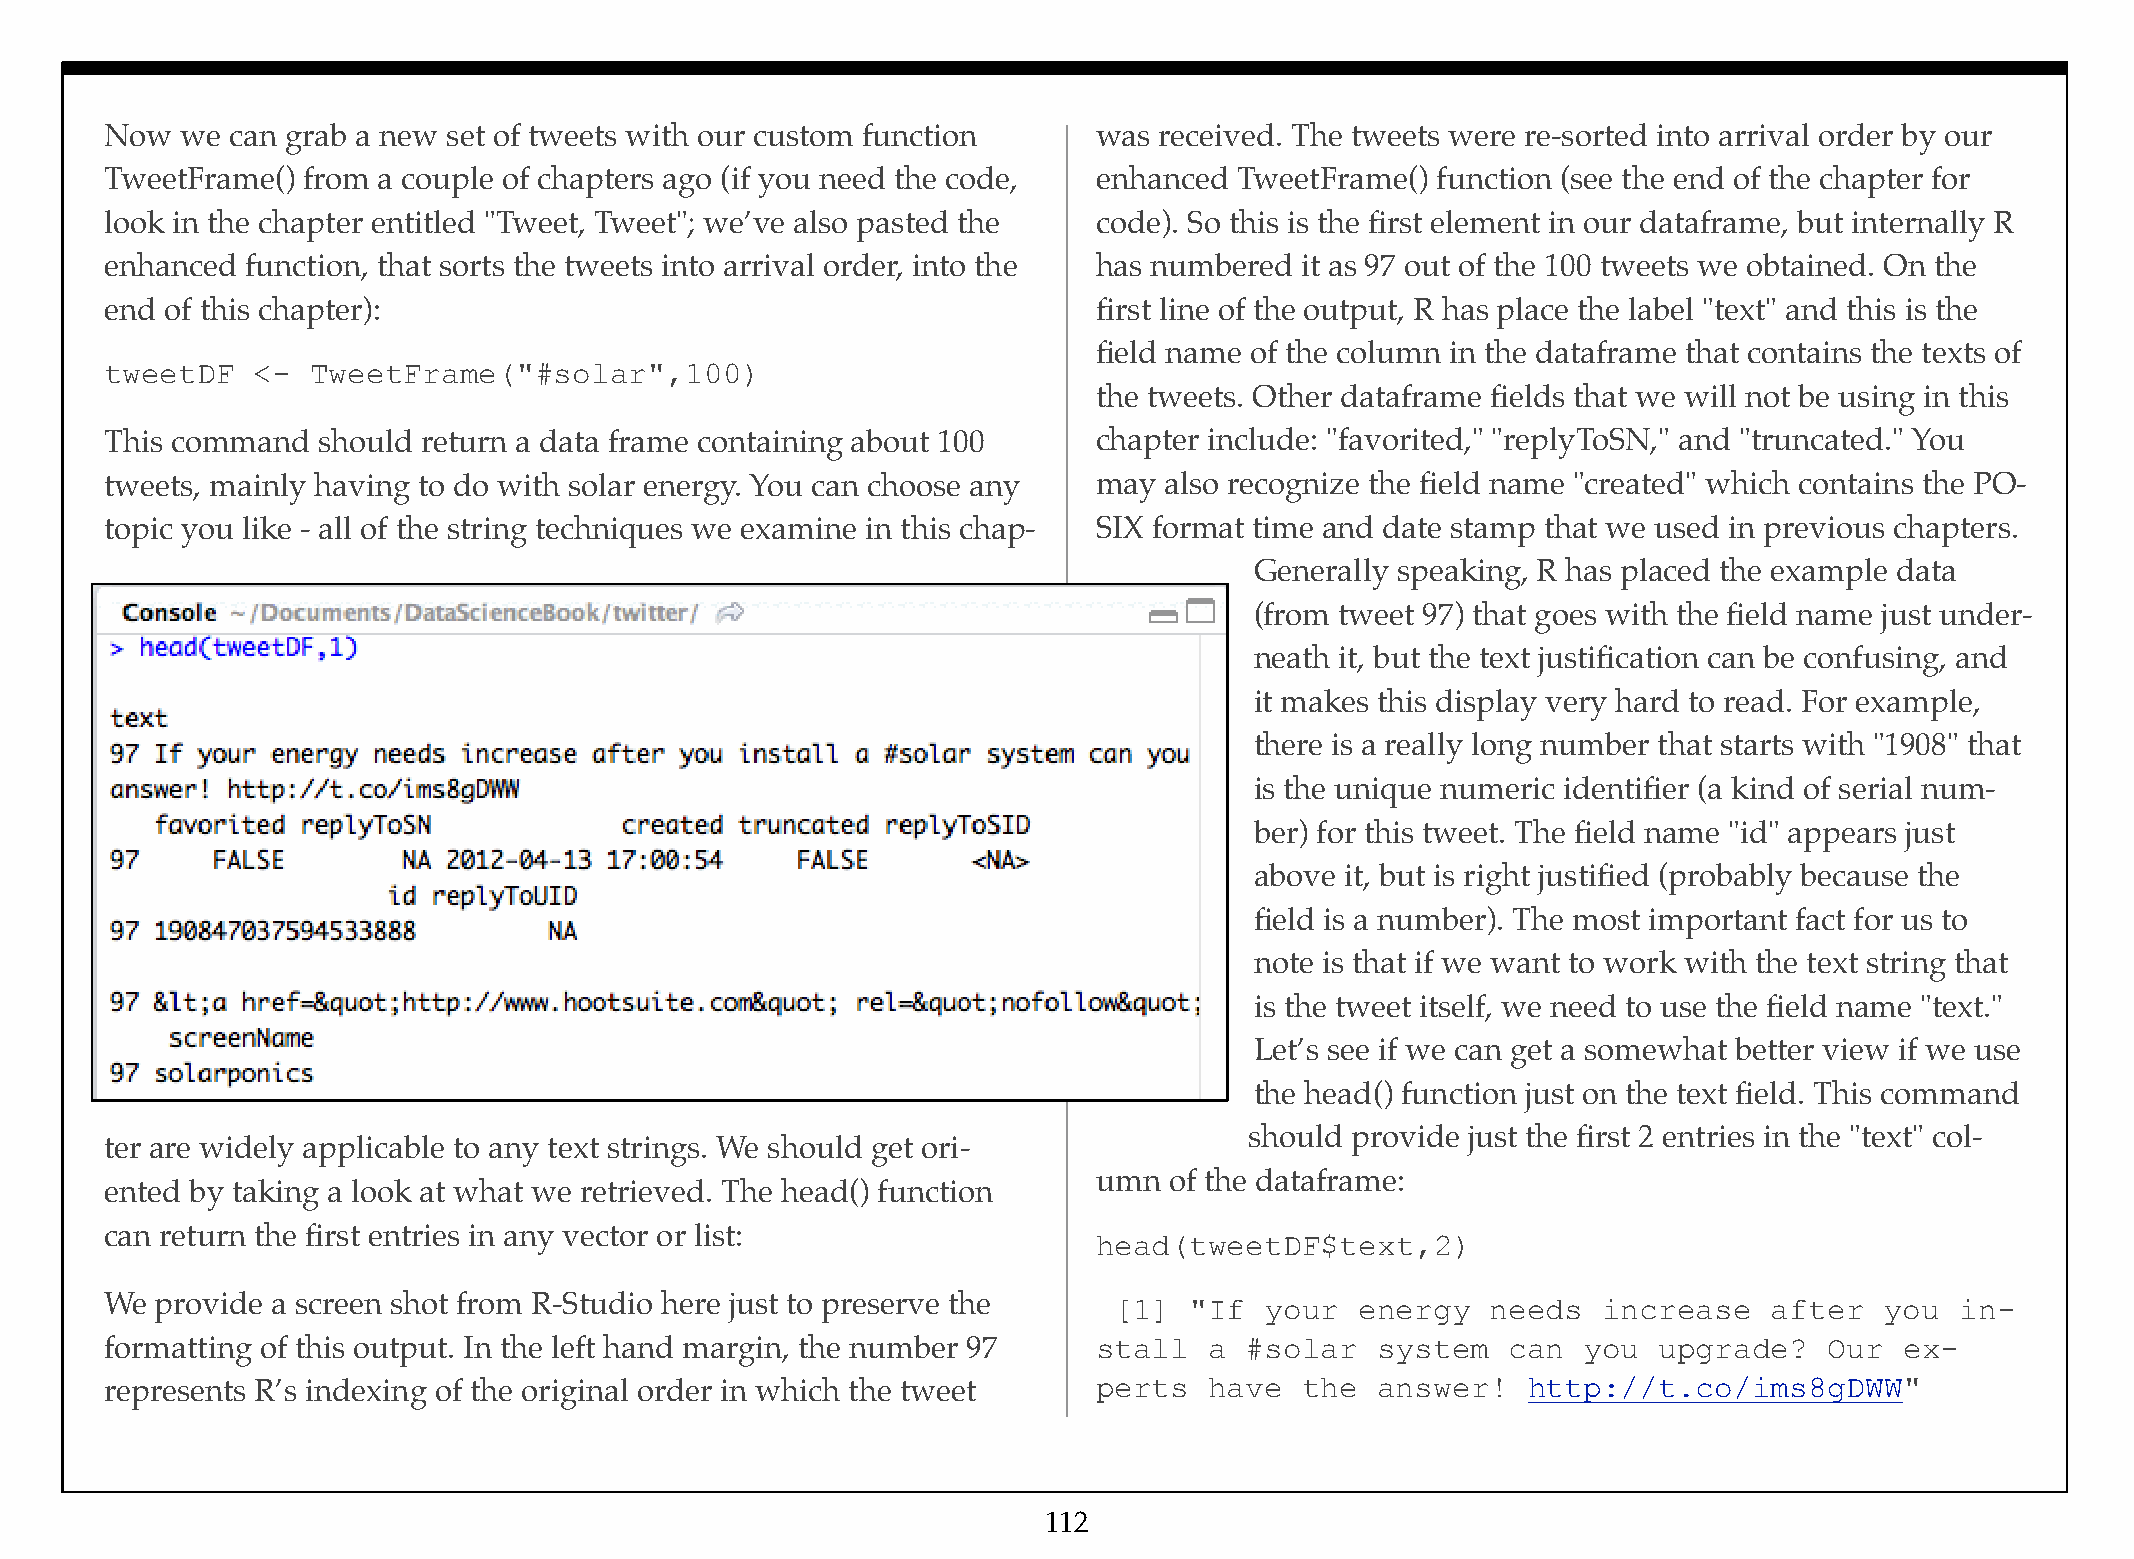
Now  we can grab a new set of tweets with our custom function     was received. The tweets were re-sorted into arrival order by our
 TweetFrame() from a couple of chapters ago (if you need the code, enhanced TweetFrame() function (see the end of the chapter for
 look in the chapter entitled "Tweet, Tweet"; we’ve also pasted the code). So this is the first element in our dataframe, but internally R
 enhanced function, that sorts the tweets into arrival order, into the has numbered it as 97 out of the 100 tweets we obtained. On the
 end of this chapter):                                             first line of the output, R has place the label "text" and this is the
 field name of the column in the dataframe that contains the texts of
 tweetDF   <-  TweetFrame("#solar",100)
 the tweets. Other dataframe fields that we will not be using in this
 This command  should return a data frame containing about 100     chapter include: "favorited," "replyToSN," and "truncated." You
 tweets, mainly having to do with solar energy. You can choose any may also recognize the field name "created" which contains the PO-
 topic you like - all of the string techniques we examine in this chap- SIX format time and date stamp that we used in previous chapters.
 Generally speaking, R has placed the example data
 (from tweet 97) that goes with the field name just under-
 neath it, but the text justification can be confusing, and
 it makes this display very hard to read. For example,
 there is a really long number that starts with "1908" that
 is the unique numeric identifier (a kind of serial num-
 ber) for this tweet. The field name "id" appears just
 above it, but is right justified (probably because the
 field is a number). The most important fact for us to
 note is that if we want to work with the text string that
 is the tweet itself, we need to use the field name "text."
 Let’s see if we can get a somewhat better view if we use
 the head() function just on the text field. This command
 should provide just the first 2 entries in the "text" col-
 ter are widely applicable to any text strings. We should get ori-
 umn of the dataframe:
 ented by taking a look at what we retrieved. The head() function
 can return the first entries in any vector or list:
 head(tweetDF$text,2)
 We provide a screen shot from R-Studio here just to preserve the   [1]  "If  your  energy   needs  increase   after   you  in-
 formatting of this output. In the left hand margin, the number 97 stall  a #solar   system   can  you  upgrade?   Our  ex-
 represents R’s indexing of the original order in which the tweet  perts  have  the  answer!   http://t.co/ims8gDWW"
 112